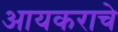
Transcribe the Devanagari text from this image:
आयकराचे